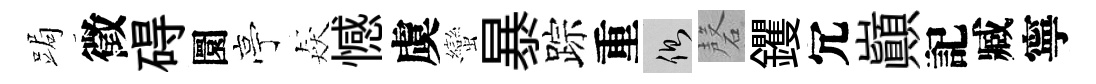
跼徵碍圜亭猋憾虞蠻暴踪重側磬钁冗巔記臧寧